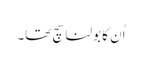
اُن کا بولنا سچ تھا۔